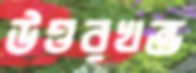
উত্তরখন্ড